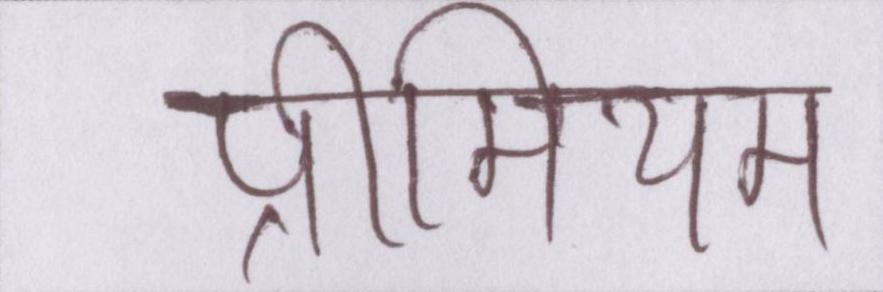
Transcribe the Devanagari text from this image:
प्रीमियम